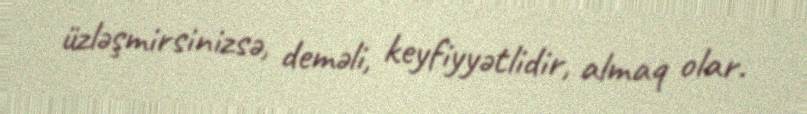
üzləşmirsinizsə, deməli, keyfiyyətlidir, almaq olar.